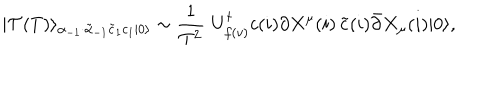
| \mathcal { T } ( T ) \rangle _ { \alpha _ { - 1 } \cdot \tilde { \alpha } _ { - 1 } \tilde { c } _ { 1 } c _ { 1 } | 0 \rangle } \sim \frac { 1 } { T ^ { 2 } } \, \, U _ { f ( v ) } ^ { \dagger } c ( i ) \partial X ^ { \mu } ( i ) \, \tilde { c } ( i ) \bar { \partial } X _ { \mu } ( i ) | 0 \rangle ,